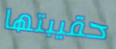
حقيبتها